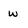
Character: w